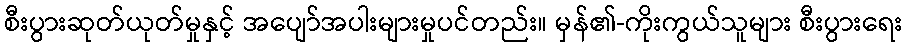
စီးပွားဆုတ်ယုတ်မှုနှင့် အပျော်အပါးများမှုပင်တည်း။ မှန်၏-ကိုးကွယ်သူများ စီးပွားရေး